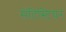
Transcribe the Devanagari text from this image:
सेंटिस्टियर